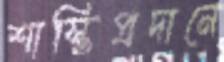
শাস্তিপ্রদানে